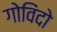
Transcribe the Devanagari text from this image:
गोविंदो